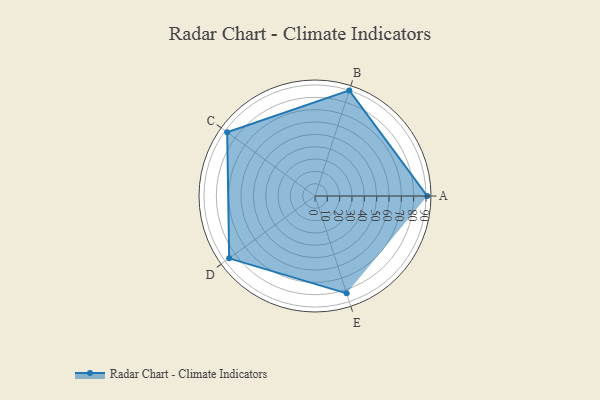
{"axis": {"x": "Skill", "y": "Score"}, "legend": ["Profile"], "data": [{"x": "A", "y": 91.0, "type": "Profile"}, {"x": "B", "y": 90.0, "type": "Profile"}, {"x": "C", "y": 88.0, "type": "Profile"}, {"x": "D", "y": 86.0, "type": "Profile"}, {"x": "E", "y": 83.0, "type": "Profile"}]}